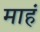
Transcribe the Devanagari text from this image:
माहं